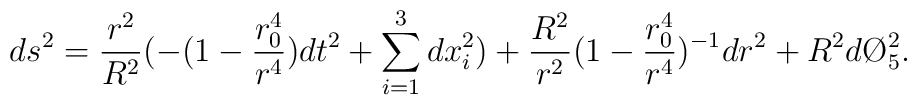
ds^2={r^2\over R^2}(-(1-{r_0^4\over r^4})dt^2+\sum_{i=1}^{3}dx_i^2)+{R^2\over r^2}(1-{r_0^4\over r^4})^{-1}dr^2+R^2d\O_5^2.